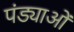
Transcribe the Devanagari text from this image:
पंड्याओं